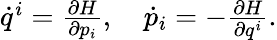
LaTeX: \begin{array}{r}{\dot{q}^{i}=\frac{\partial H}{\partial p_{i}},\quad\dot{p}_{i}=-\frac{\partial H}{\partial q^{i}}.}\end{array}